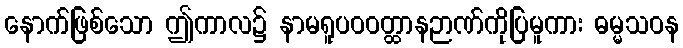
နောက်ဖြစ်သော ဤကာလ၌ နာမရူပဝဝတ္ထာနဉာဏ်ကိုပြမူကား ဓမ္မသဝန